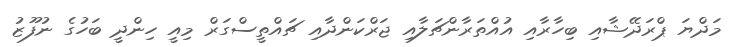
މަދްޔަ ޕްރަދޭޝާއި ބިހާރާއި އުއްތަރާންޗަލާއި ޖަރްކަންދާއި ޗައްތީސްގަރް މިއީ ހިންދީ ބަހުގެ ނުފޫޒު